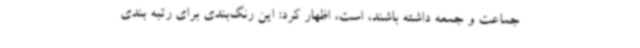
جماعت و جمعه داشته باشند، است، اظهار کرد: این رنگ‌بندی برای رتبه بندی